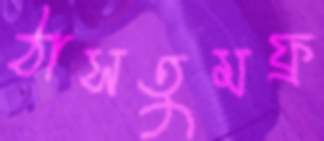
ঠাসতুমফ্র